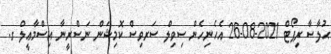
ޙުލާސާ ރިޕޯޓް 2021-08-26 އެހެނިހެން ސިވިލް ސަރވިސް ކޮމިޝަން ނަސްރީނާ އިސްމާޢީލް ގ.